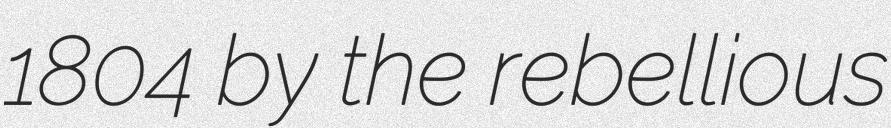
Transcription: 1804 by the rebellious